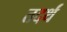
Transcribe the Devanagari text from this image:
तदर्थं